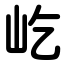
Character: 屹